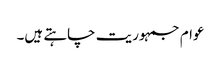
عوام جمہوریت چاہتے ہیں۔